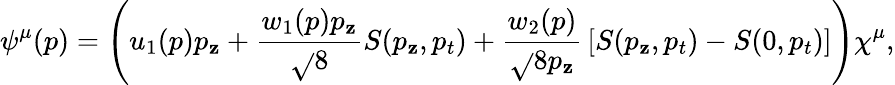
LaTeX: \psi^{\mu}(p)=\left(u_{1}(p)p_{\mathbf{z}}+{\frac{{w_{1}(p)p_{\mathbf{z}}}}{{\sqrt{}{{8}}}}}S(p_{\mathbf{z}},p_{t})+{\frac{{w_{2}(p)}}{{\sqrt{}{{8}}p_{\mathbf{z}}}}}\left[S(p_{\mathbf{z}},p_{t})-S(0,p_{t})\right]\right)\chi^{\mu},